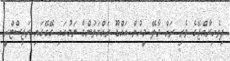
ދިވެހިރާއްޖޭގެ ވެރި ރަށް މާލޭ މީހުން އައްޑޫ ރައްޔަތުންގެ ނަމުގައި ގޭގޭގައި ރަޖިސްޓްރީ